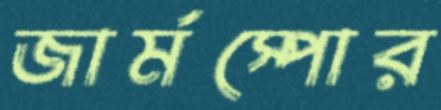
জার্মস্পোর